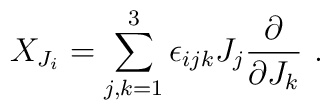
X_{J_i}=\sum_{j,k=1}^3\epsilon_{ijk}J_j\frac{\partial}{\partial J_k}~.